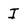
Character: I